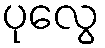
ပုလွေ